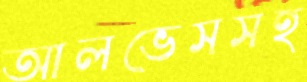
আলভেসসহ